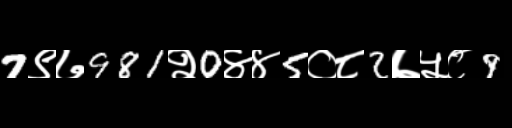
Text: 7९७981२0४४5०८2७५८9